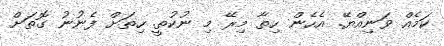
ކަމެއް ވަނިއްޔޭ. އެހެން ހިތާ މިރޭ މި ނުކުތީ. ހިތަށް ފެނުނު ގޮތަށް